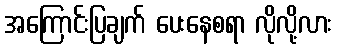
အကြောင်းပြချက် ပေးနေစရာ လိုလို့လား